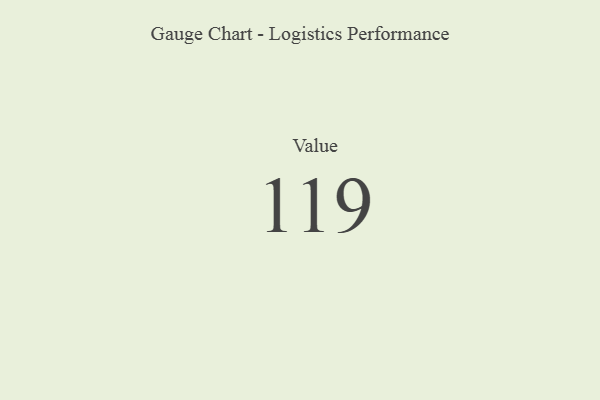
{"axis": {"x": "Metric", "y": "Value"}, "legend": [""], "data": [{"x": "Value", "y": 119, "type": ""}]}